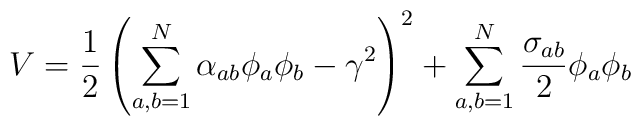
V=\frac{1}{2} \left( \sum_{a,b=1}^N \alpha_{ab} \phi_a \phi_b -\gamma^2 \right)^2+\sum_{a,b=1}^N \frac{\sigma_{ab}}{2} \phi_a \phi_b